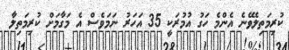
ކުރިމަތިލެވޭނެ އެންމެ ހަގު އުމުރަކީ 35 އަހަރު ނަމަވެސް އެ މަގާމަށް ކުރިމަތިލާ